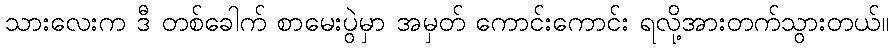
သားလေးက ဒီ တစ်ခေါက် စာမေးပွဲမှာ အမှတ် ကောင်းကောင်း ရလို့အားတက်သွားတယ်။